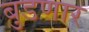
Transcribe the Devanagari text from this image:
बुडणार